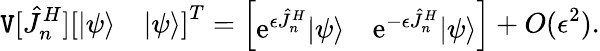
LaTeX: \mathtt{V}[\hat{{J}}_{n}^{H}]\left[\begin{array}{ll}{|\psi\rangle}&{|\psi\rangle}\end{array}\right]^{T}=\left[\begin{array}{ll}{\mathrm{e}^{\epsilon\hat{J}_{n}^{H}}|\psi\rangle}&{\mathrm{e}^{-\epsilon\hat{J}_{n}^{H}}|\psi\rangle}\end{array}\right]+O(\epsilon^{2}).